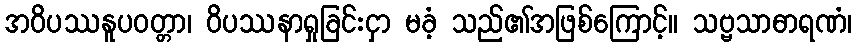
အဝိပဿနူပဝတ္တာ၊ ဝိပဿနာရှုခြင်းငှာ မခံ့ သည်၏အဖြစ်ကြောင့်။ သဗ္ဗသာဓာရဏံ၊